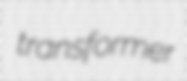
transformer